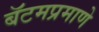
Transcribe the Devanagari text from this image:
बॅटमप्रमाणे